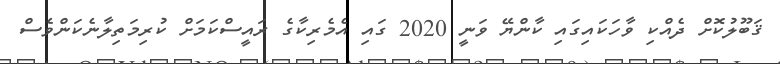
ޤަބޫލުކޮށް ދެއްކި ވާހަކައިގައި ކާންޔޭ ވަނީ 2020 ގައި އެމެރިކާގެ ރައީސްކަމަށް ކުރިމަތިލާނެކަންވެސް